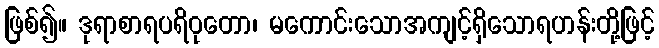
ဖြစ်၍။ ဒုရာစာရပရိဝုတော၊ မကောင်းသောအကျင့်ရှိသောရဟန်းတို့ဖြင့်